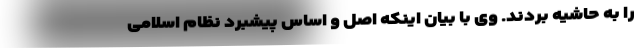
را به حاشیه بردند. وی با بیان اینکه اصل و اساس پیشبرد نظام اسلامی